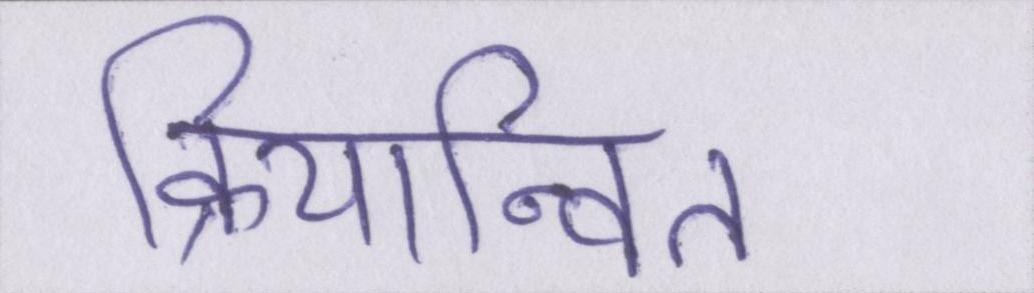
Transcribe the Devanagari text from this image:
क्रियान्वित